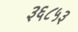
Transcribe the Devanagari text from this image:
३६८५३